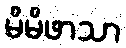
မိမိဖာသာ